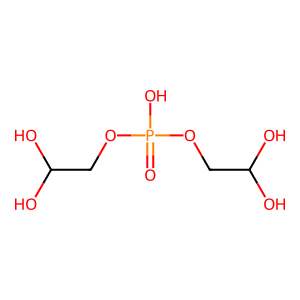
SMILES: O=P(O)(OCC(O)O)OCC(O)O
Inhibits HIV replication: No